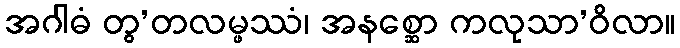
အဂါဓံ တွ’တလမ္ဖဿံ၊ အနစ္ဆော ကလုသာ’ဝိလာ။